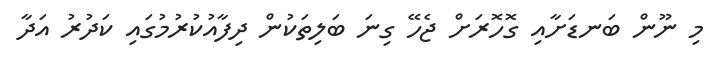
މި ނޫން ބަނޑަށާއި ގޮހޮރަށް ޖެހޭ ގިނަ ބަލިތަކުން ދިފާއުކުރުމުގައި ކަދުރު އަދާ